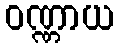
ဝဏ္ဏာယ